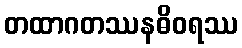
တထာဂတဿနဓိဝရဿ